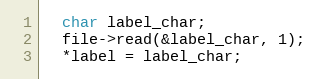
Language: C++
  char label_char;
  file->read(&label_char, 1);
  *label = label_char;